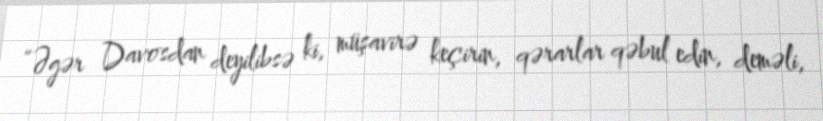
“Əgər Davosdan deyilibsə ki, müşavirə keçirin, qərarlar qəbul edin, deməli,